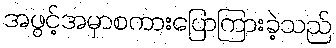
အဖွင့်အမှာစကားပြောကြားခဲ့သည်